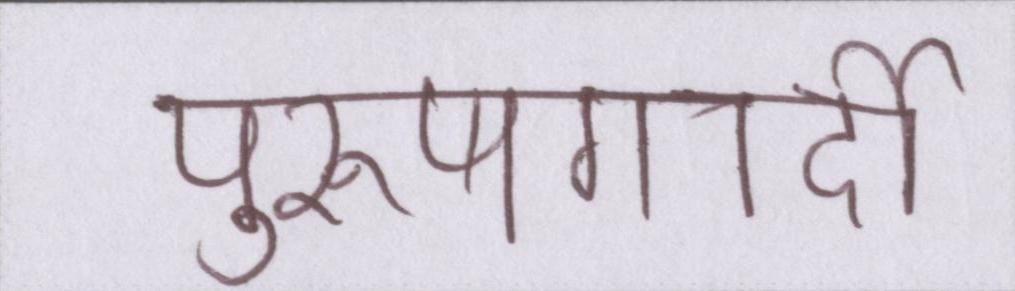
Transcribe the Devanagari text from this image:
पुरूषगर्दी